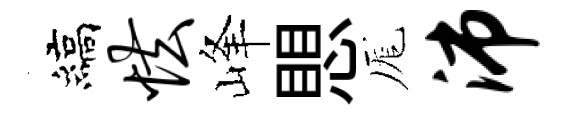
縞怯峰愳厖沛